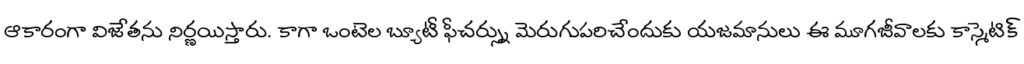
ఆకారంగా విజేతను నిర్ణయిస్తారు. కాగా ఒంటెల బ్యూటీ ఫీచర్స్ను మెరుగుపరిచేందుకు యజమానులు ఈ మూగజీవాలకు కాస్మెటిక్